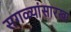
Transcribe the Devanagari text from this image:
सगळ्यांसारखा